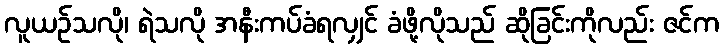
လူယဉ်သလို၊ ရဲသလို အနီးကပ်ခံရလျှင် ခံဖို့လိုသည် ဆိုခြင်းကိုလည်း ဇင်က